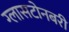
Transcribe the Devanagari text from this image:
ग्लासटोनबरी